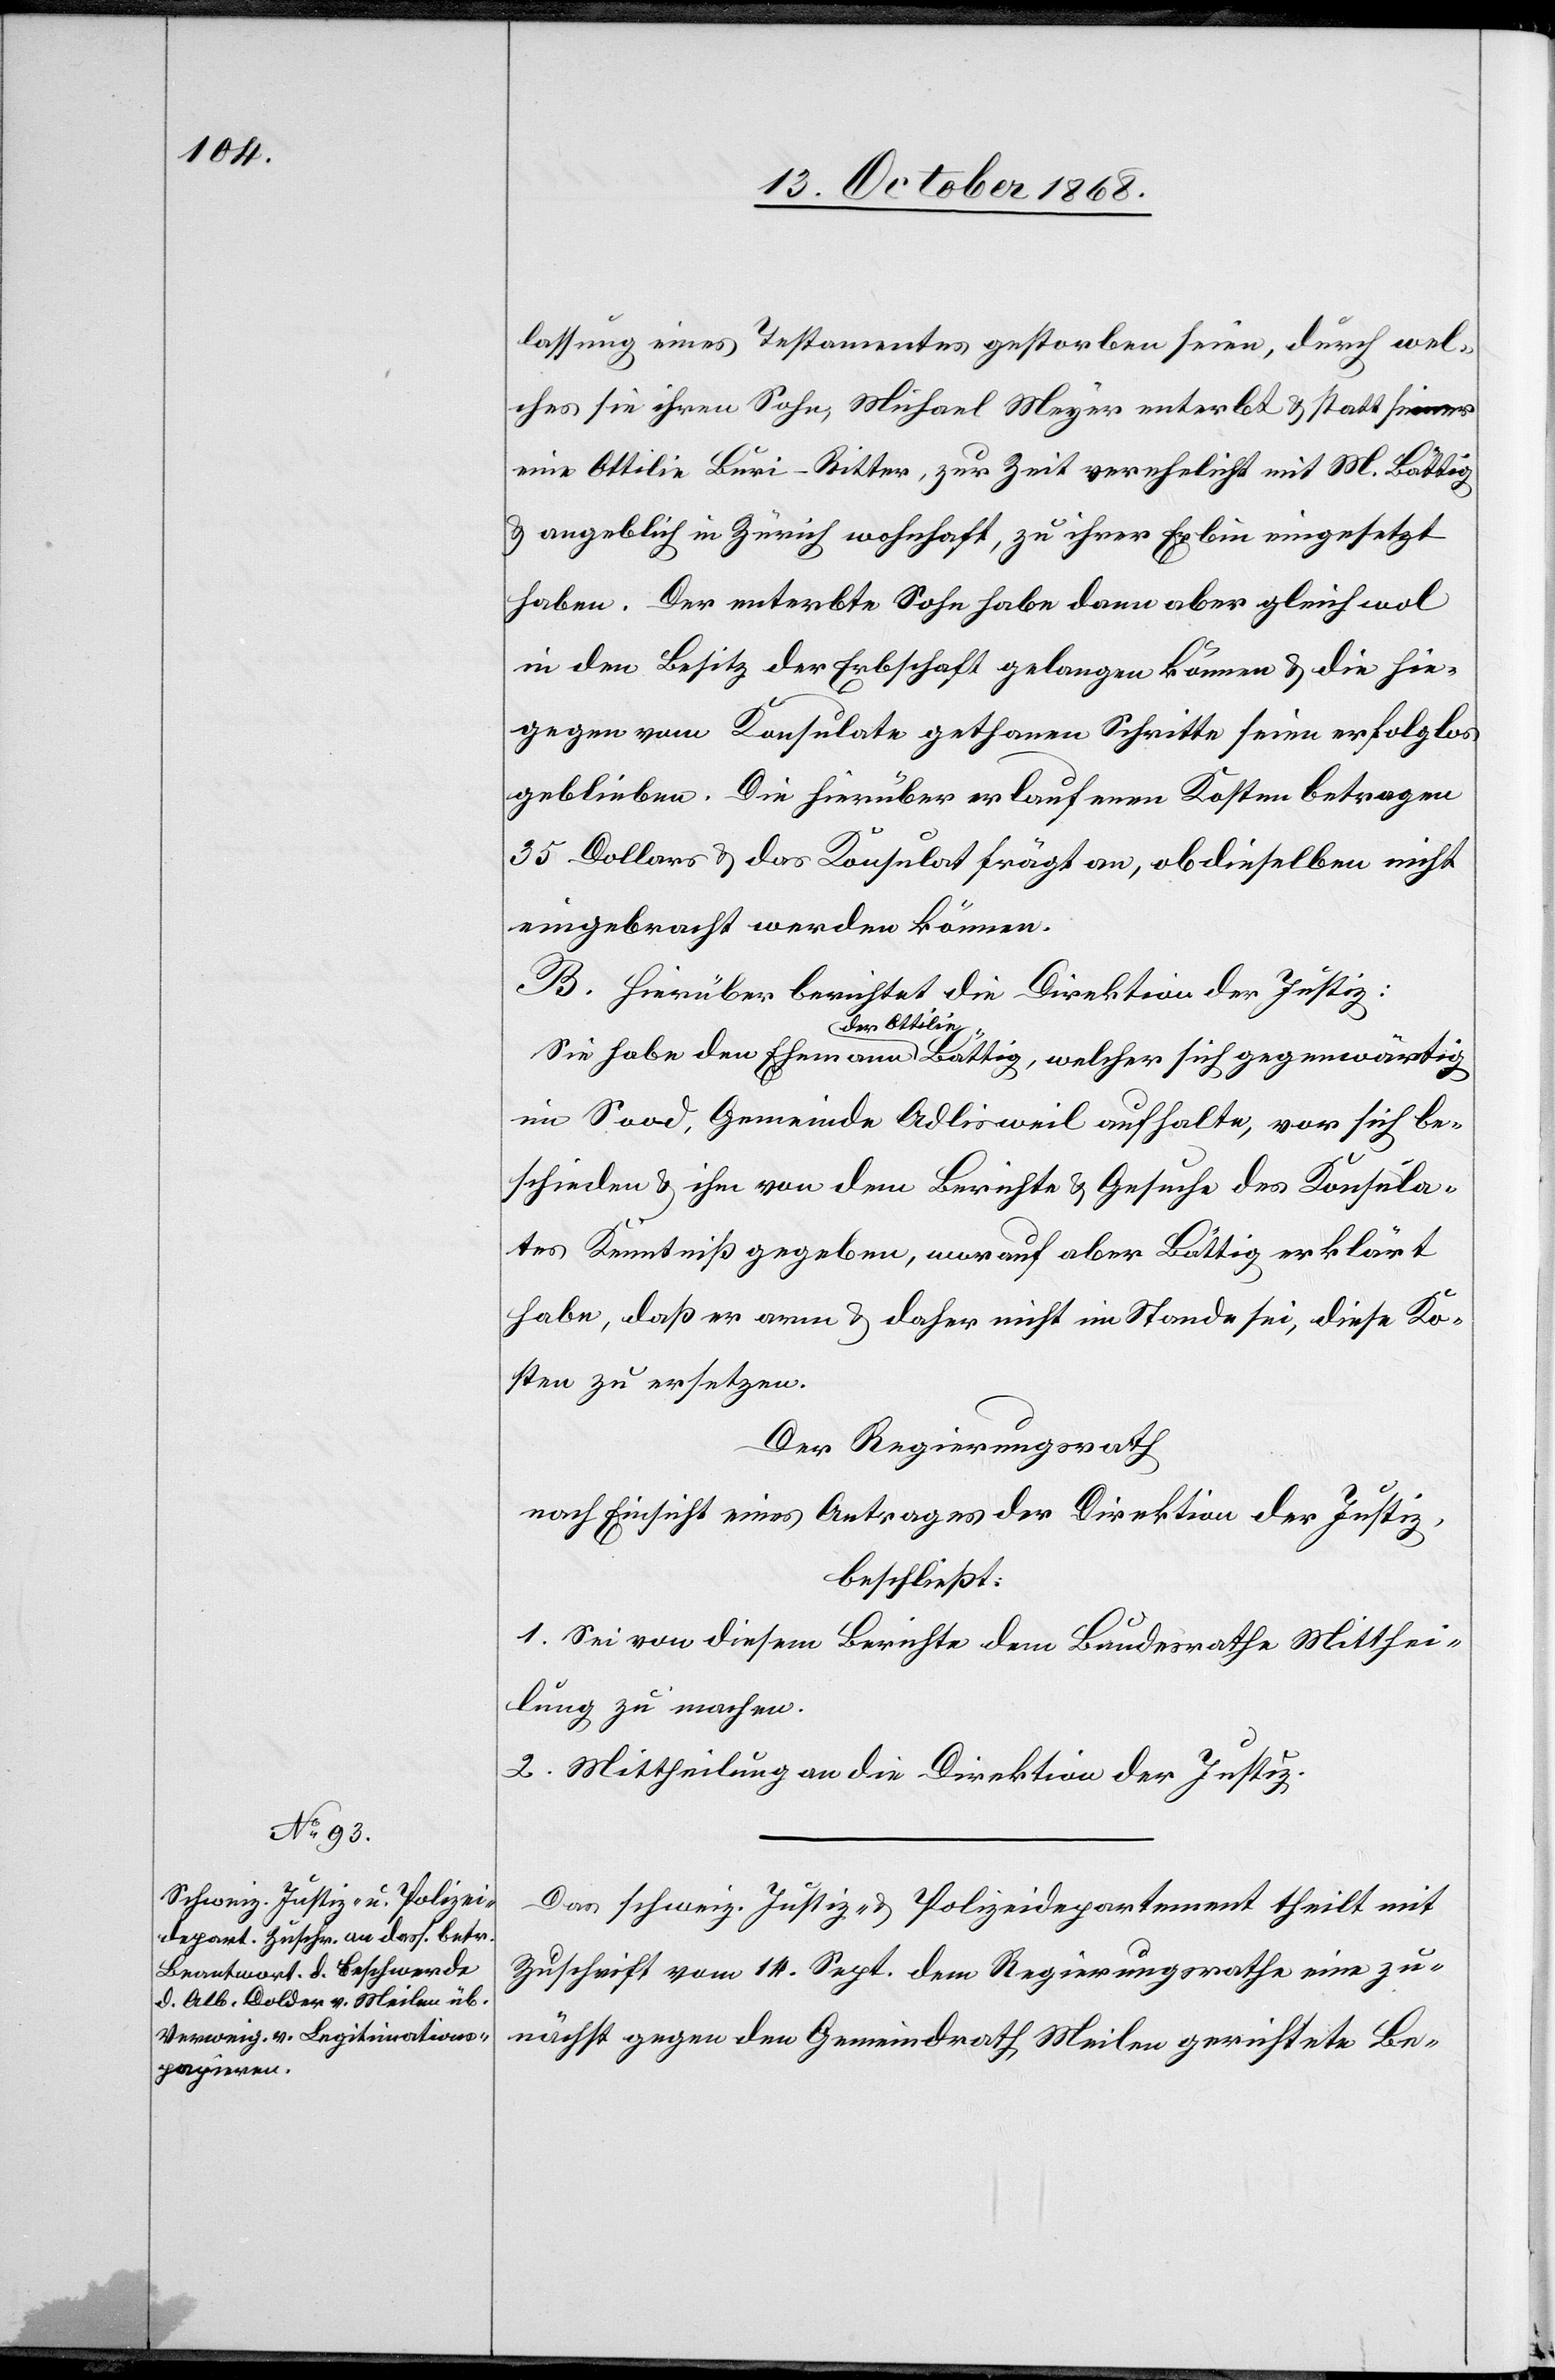
lassung eines Testamentes gestorben seien, durch wel¬
ches sie ihren Sohn, Michael Meyer enterbt & statt seiner
eine Ottilie Buri-Ritter, zur Zeit verehelicht mit M. Bättig
& angeblich in Zürich wohnhaft, zu ihrer Erbin eingesetzt
haben. Der enterbte Sohn habe dann aber gleichwol
in den Besitz der Erbschaft gelangen können & die hie¬
gegen vom Konsulate gethanen Schritte seien erfolglos
geblieben. Die hierüber erlaufenen Kosten betragen
35 Dollars & das Konsulat frägt an, ob dieselben nicht
eingebracht werden können.
B. Hierüber berichtet die Direktion der Justiz:
Sie habe den Ehemann der Ottilie Bättig, welcher sich gegenwärtig
im Sood, Gemeinde Adlisweil aufhalte, vor sich be¬
schieden & ihm von dem Berichte & Gesuche des Konsula¬
tes Kenntniß gegeben, worauf aber Bättig erklärt
habe, daß er arm & daher nicht im Stande sei, diese Ko¬
sten zu ersetzen.
Der Regierungsrath
nach Einsicht eines Antrages der Direktion der Justiz,
beschließt:
1. Sei von diesem Berichte dem Bundesrathe Mitthei¬
lung zu machen.
2. Mittheilung an die Direktion der Justiz.
Das schweiz. Justiz- & Polizeidepartement theilt mit
Zuschrift vom 14. Sept. dem Regierungsrathe eine zu¬
nächst gegen den Gemeindrath Meilen gerichtete Be-